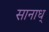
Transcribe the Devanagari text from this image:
सानाध्